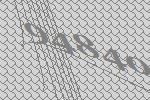
94840